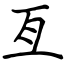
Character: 亙